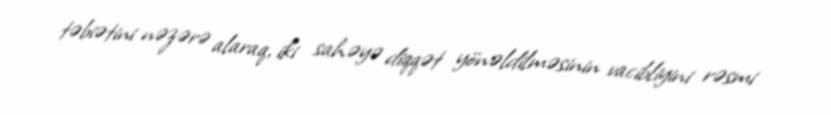
təbiətini nəzərə alaraq, iki sahəyə diqqət yönəldilməsinin vacibliyini rəsmi